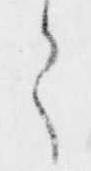
之